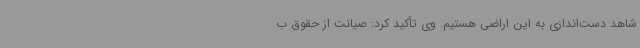
شاهد دست‌اندازی به این اراضی هستیم. وی تأکید کرد: صیانت از حقوق ب